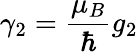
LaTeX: \gamma_{2}=\frac{\mu_{B}}{\hbar}g_{2}